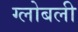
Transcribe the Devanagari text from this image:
ग्लोबली